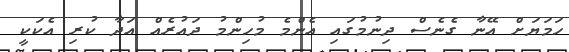
ހަމަޔަށް އޭނާ ގެނެސް ދިނުމުގައި އެންމެ މުހިންމު ދައުރެއް އަދާ ކުރި އެކަކީ